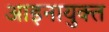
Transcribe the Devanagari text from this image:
आइनायुक्त